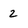
Character: 2